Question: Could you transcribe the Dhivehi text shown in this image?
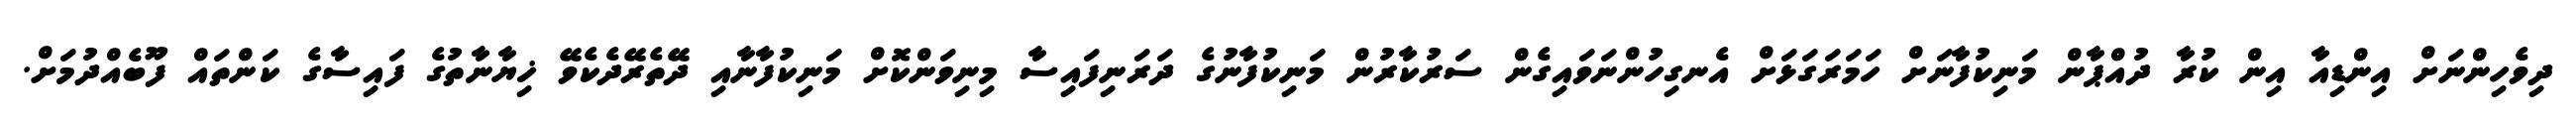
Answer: ދިވެހިންނަށް އިންޑިއާ އިން ކުރާ ދުއްޕާން މަނިކުފާނަށް ހަމަރަގަޅަށް އެނގިހުންނަވައިގެން ސަރުކާރުން މަނިކުފާނުގެ ދަރަނިފައިސާ މިނިވަންކޮށް މަނިކުފާނާއި ދޭތެރޭދެކެވޭ ޚިޔާނާތުގެ ފައިސާގެ ކަންތައް ފޫބެއްދުމަށް.